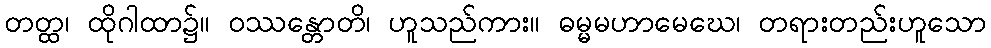
တတ္ထ၊ ထိုဂါထာ၌။ ဝဿန္တောတိ၊ ဟူသည်ကား။ ဓမ္မမဟာမေဃေ၊ တရားတည်းဟူသော